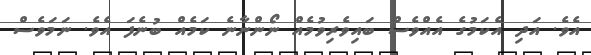
އެވެ. އަދި އެކަމުގެ އެއްވެސް ބައިވެރިވުމެއް ނޯންނާނެ ކަމެއް ބުނެފަ އެވެ. ނަމަވެސް